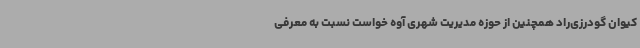
کیوان گودرزی‌راد همچنین از حوزه مدیریت شهری آوه خواست نسبت به معرفی